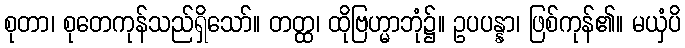
စုတာ၊ စုတေကုန်သည်ရှိသော်။ တတ္ထ၊ ထိုဗြဟ္မာဘုံ၌။ ဥပပန္နာ၊ ဖြစ်ကုန်၏။ မယှံပိ